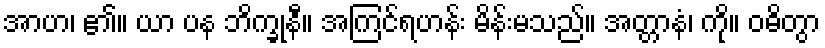
အာဟ၊ ၏။ ယာ ပန ဘိက္ခုနီ။ အကြင်ရဟန်း မိန်းမသည်။ အတ္တာနံ၊ ကို။ ဝဓိတွာ